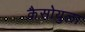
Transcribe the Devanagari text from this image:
कैसोयुला